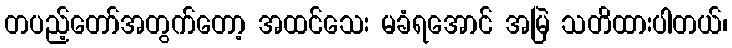
တပည့်တော်အတွက်တော့ အထင်သေး မခံရအောင် အမြဲ သတိထားပါတယ်၊